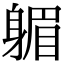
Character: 𨉭